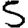
Digit: 5